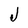
Character: J